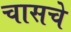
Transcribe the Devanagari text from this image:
चासचे